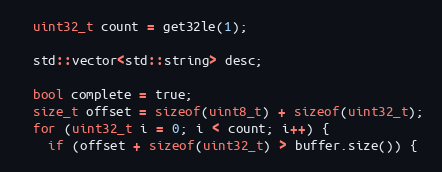
Language: C++
  uint32_t count = get32le(1);

  std::vector<std::string> desc;

  bool complete = true;
  size_t offset = sizeof(uint8_t) + sizeof(uint32_t);
  for (uint32_t i = 0; i < count; i++) {
    if (offset + sizeof(uint32_t) > buffer.size()) {